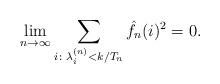
LaTeX: \begin{align*}\lim_{n \to \infty} \sum_{i \colon \lambda_i^{(n)} < k /T_n} \hat f_n(i)^2=0.\end{align*}